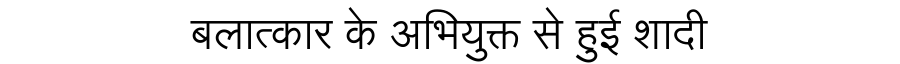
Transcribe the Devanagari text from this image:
बलात्कार के अभियुक्त से हुई शादी